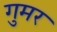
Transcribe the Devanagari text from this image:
गुमर